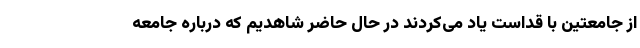
از جامعتین با قداست یاد می‌کردند در حال حاضر شاهدیم که درباره جامعه